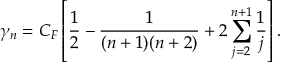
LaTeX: \gamma _ { n } = C _ { F } \left[ \frac 1 { 2 } - \frac 1 { ( n + 1 ) ( n + 2 ) } + 2 \sum _ { j = 2 } ^ { n + 1 } \frac 1 { j } \right] .